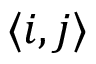
\displaystyle \langle i , j \rangle